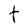
Character: t